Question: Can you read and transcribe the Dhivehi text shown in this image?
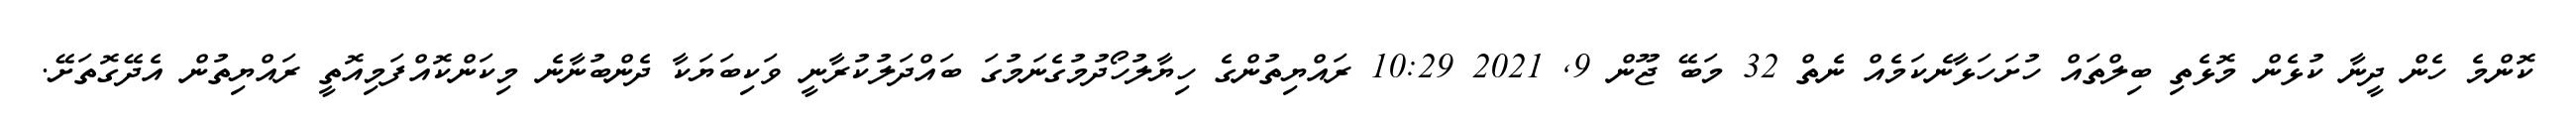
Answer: ކޮންމެ ހެން ދީނާ ކުޅެން މޮޅެތި ބިލްތައް ހުށަހަޅާނެކަމެއް ނެތް 32 މަބޭ ޖޫން 9, 2021 10:29 ރައްޔިތުންގެ ހިޔާލުހޯދުމުގެނަމުގަ ބައްދަލުކުރާނީ ވަކިބަޔަކާ ދެންބުނާނެ މިކަންކޮއްފަމިއޮތީ ރައްޔިތުން އެދޭގޮތަށޭ.